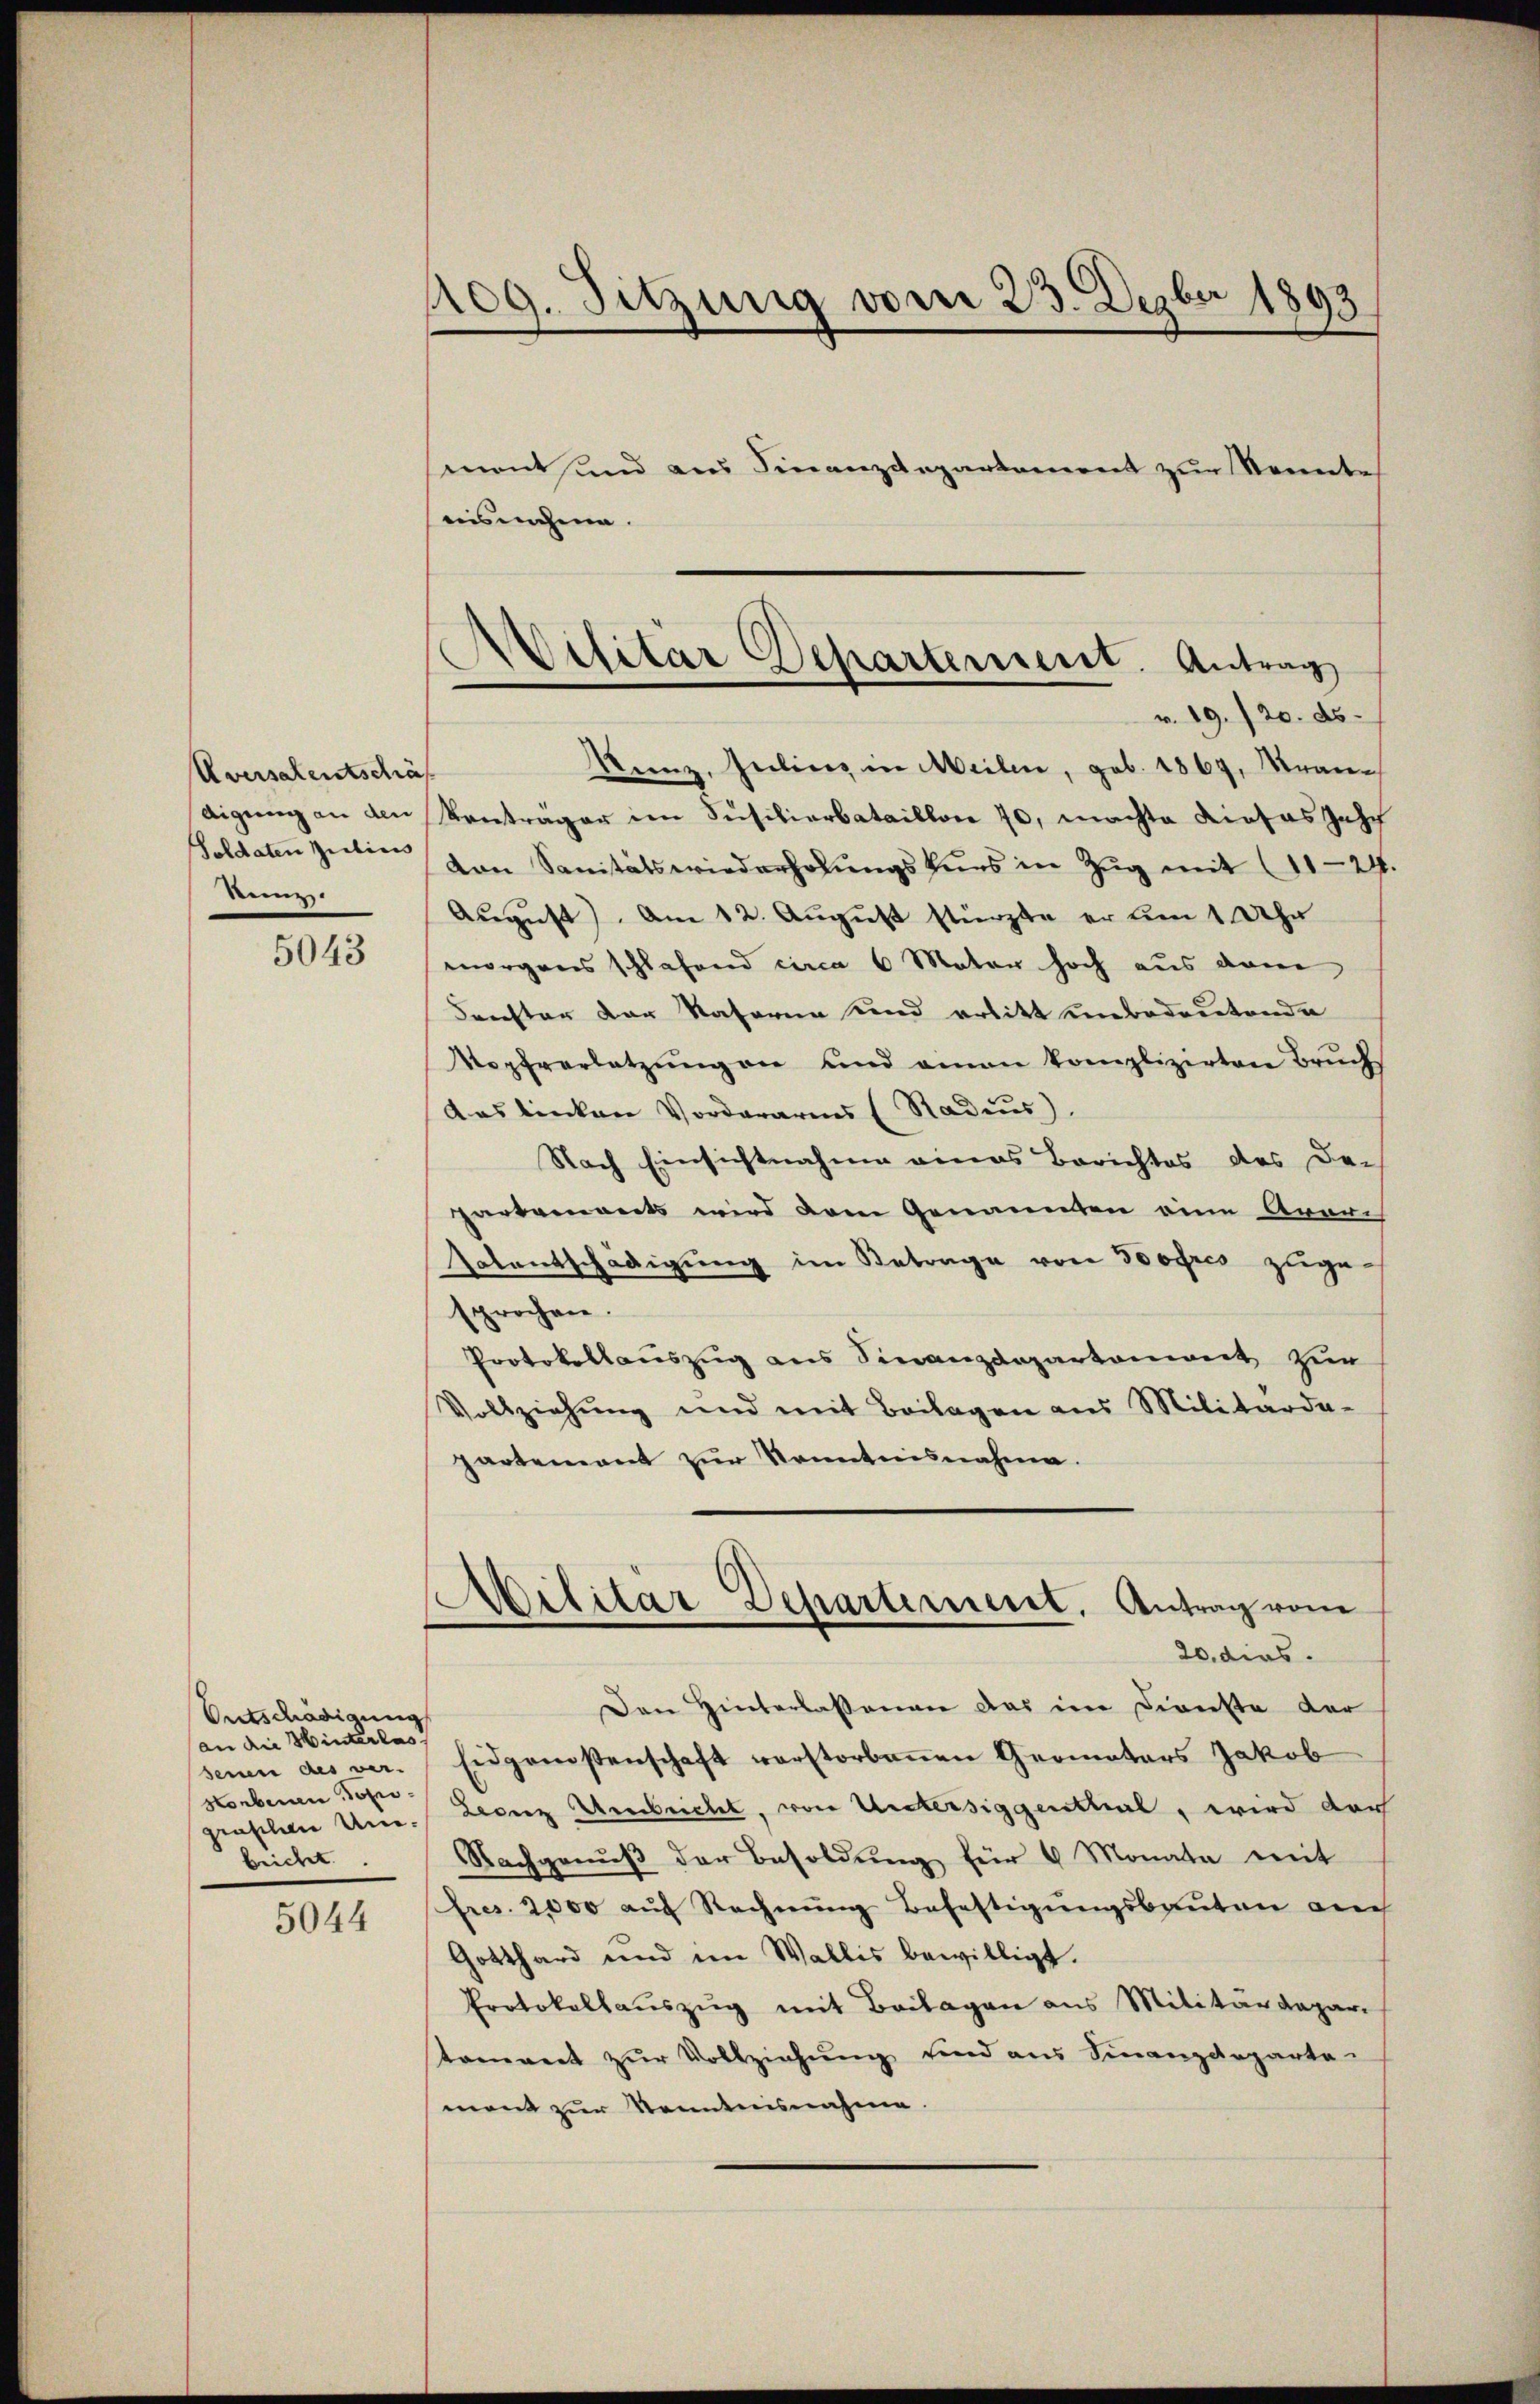
Aversalentschäf
eigung an den
Soldaten Zustins
kunz.

5043

Entschädigung
an die Hinterlas
seiner des ver-
Horbenen Topograschen Unbeichet

5044

pog. Sitzung vom 23. Dezbr 1893
sment und aus Finanzdepartement zur Kennte
ausnahme.

itar Departerniert. Antrag
r. 19. 720. ds.

Kunz, Inlinz in Meilen, geb. 1867, Kran¬
Kontrager im Füsiliarbataillon 70, machte dieses Jasch
von Sanitätswiederholŭngskŭrs in Zŭg mit 1824.
August). Am 12. August stürzte er um 1 Uhr
morgens schlafend circa 6 Mater hoch aus dem
drechter der Natoren und erlitt unbedeutende
Nopfverletzŭng an und aman komplizirten Bruchs
das linken Vordararens (Stadeus),
Nach Einsichtnahme eines Berichtes des De-
partements wird dem Genannten eine Aver¬
Valentschädigung im Betrage von Sores zugesprochen.
Protokollauszug aus Finanzdepartement zur
Vollziehung und mit Beilagen aus Militärda-
partement zŭr Kenntnisnahme.
Militär Departement. Antrag vom
20. dies.
Den Hinterlassenen das im Dienste der
Eidgenossenschaft verstorbenen Geometers Jakob
Leonz Uebrickel, von Untersiggenthal, wird der
Nachgenuß der Besoldung für 6 Monata mit
Eres. 2000 auf Rechnung Befestigungsbauten auch
Gotthard und im Wallis bewilligt.
Protokollauszug mit Beilagen aus Militärdepar
toment zŭr Vollziehŭng und aus Finanzdeparta-
ment zur Kenntnisnahme.